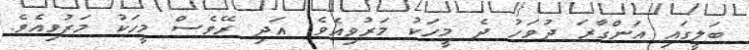
ބަލީގައި އަންގާރަ ދުވަހު ދެ މީހަކު މަރުވިއެވެ. އަދި ރޭވެސް މީހަކު މަރުވިއެވެ.